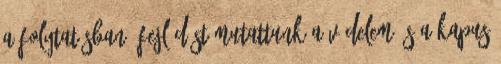
a folytatásban. Fejlődést mutattunk a védelem és a kapus